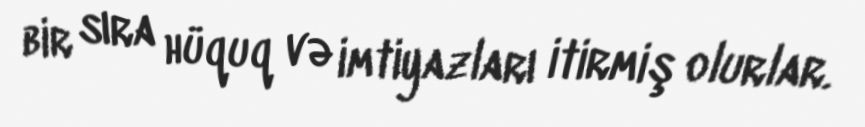
bir sıra hüquq və imtiyazları itirmiş olurlar.